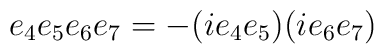
e_{4}e_{5}e_{6}e_{7}=-(ie_{4}e_{5})(ie_{6}e_{7})